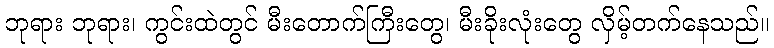
ဘုရား ဘုရား၊ ကွင်းထဲတွင် မီးတောက်ကြီးတွေ၊ မီးခိုးလုံးတွေ လှိမ့်တက်နေသည်။